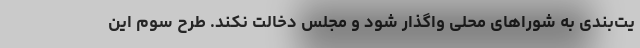
یت‌بندی به شوراهای محلی واگذار شود و مجلس دخالت نکند. طرح سوم این